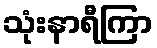
သုံးနာရီကြာ